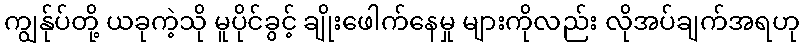
ကျွန်ုပ်တို့ ယခုကဲ့သို မူပိုင်ခွင့် ချိုးဖေါက်နေမှု များကိုလည်း လိုအပ်ချက်အရဟု